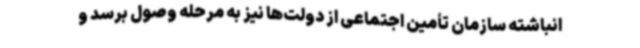
انباشته سازمان تأمین ‌اجتماعی از دولت‌ها نیز به مرحله وصول برسد و